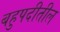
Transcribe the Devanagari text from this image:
बहुपदीतील